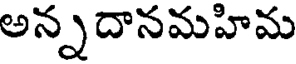
అన్నదానమహిమ